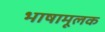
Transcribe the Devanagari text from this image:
भाषामूलक